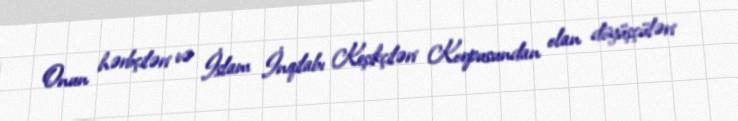
Onun hərbçiləri və İslam İnqilabı Keşikçiləri Korpusundan olan döyüşçüləri